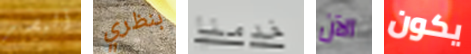
البصر بنظري خدمنا الآن يكون